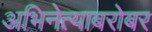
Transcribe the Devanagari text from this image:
अभिनेत्याबरोबर